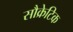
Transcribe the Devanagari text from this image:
सौक्रेटिक